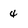
Character: 4